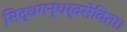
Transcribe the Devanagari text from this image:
सिद्धगन्धर्वसेविता।